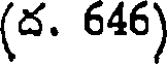
(ద. 646)